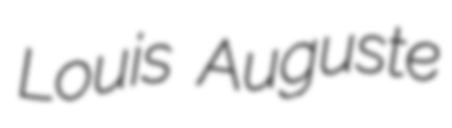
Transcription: Louis Auguste